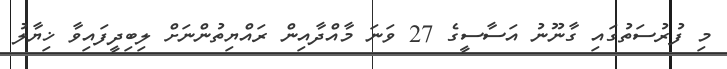
މި ފުރުސަތުގައި ގާނޫނު އަސާސީގެ 27 ވަނަ މާއްދާއިން ރައްޔިތުންނަށް ލިބިދީފައިވާ ޚިޔާލު